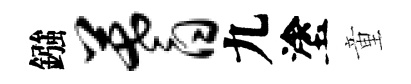
鏹蓍九塗童